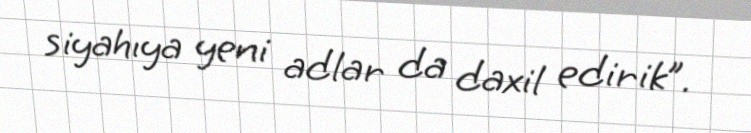
siyahıya yeni adlar da daxil edirik”.